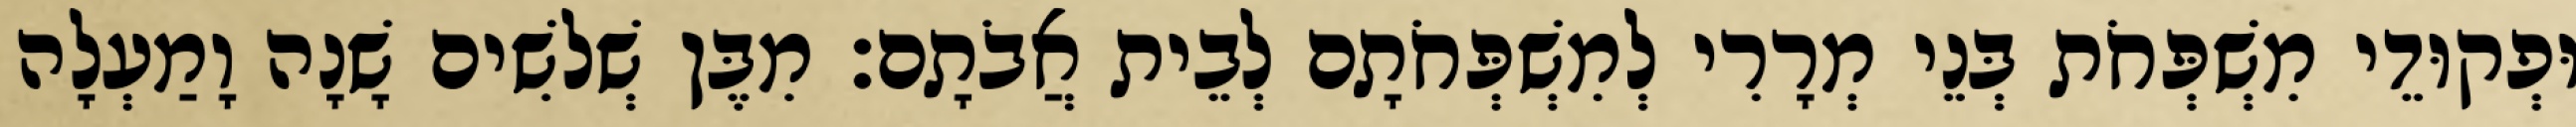
וּפְקוּדֵי מִשְׁפְּחֹת בְּנֵי מְרָרִי לְמִשְׁפְּחֹתָם לְבֵית אֲבֹתָם׃ מִבֶּן שְׁלשִׁים שָׁנָה וָמַעְלָה